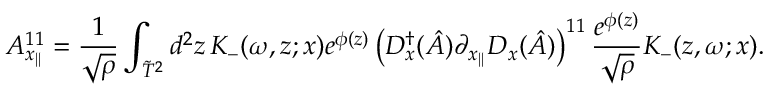
A _ { x _ { | | } } ^ { 1 1 } = \frac { 1 } { \sqrt { \rho } } \int _ { \tilde { T } ^ { 2 } } d ^ { 2 } z \, K _ { - } ( \omega , z ; x ) e ^ { \phi ( z ) } \left( D _ { x } ^ { \dagger } ( \hat { A } ) \partial _ { x _ { | | } } D _ { x } ( \hat { A } ) \right) ^ { 1 1 } \frac { e ^ { \phi ( z ) } } { \sqrt { \rho } } K _ { - } ( z , \omega ; x ) .